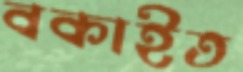
বকাইত